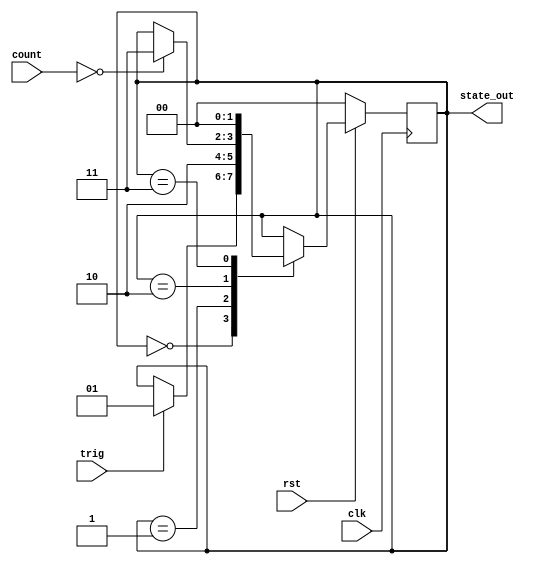
`define INIT  2'h0
`define LATCH 2'h1
`define CALC  2'h2
`define DONE  2'h3

module state_machine (
  input  wire       clk,
  input  wire       rst,
  input  wire       trig,
  input  wire [1:0] count,    // 0 - 3,
  output wire [1:0] state_out // `INIT, `LATCH, `CALC, `DONE
);

reg [1:0] state_reg;

assign state_out = state_reg;

always @ (posedge clk) begin
  if (!rst) begin
    state_reg <= `INIT;
  end else begin
    case (state_reg)
      `INIT: begin
        if (trig) begin
          state_reg <= `LATCH;
        end
      end
      `LATCH: begin
        state_reg <= `CALC;
      end
      `CALC: begin
        if (count == 2'h0) begin
          state_reg <= `DONE;
        end
      end
      `DONE: begin
        state_reg <= `INIT;
      end
    endcase
  end
end

endmodule